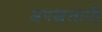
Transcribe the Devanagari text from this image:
अपश्चत्तापी